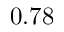
0 . 7 8